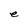
Character: e